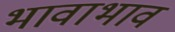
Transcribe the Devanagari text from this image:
भावाभाव